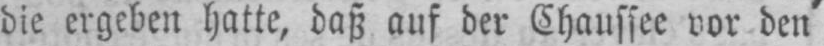
die ergeben hatte, daß auf der Chaussee vor den